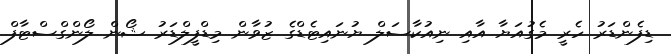
ޑިފެންޑަރު ހެރީ މެގުއަޔާ އާއި ނިއުކާސަލް ޔުނައިޓެޑްގެ ޒުވާން މިޑްފީލްޑަރު ޝޯން ލޯންގްސްޓާފް